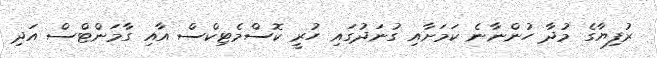
ރުފިޔާގެ މުދާ ހުންނާނެ ކަމަށާއި ގުނަދުގައި ހުރީ ކޮސްމެޓިކްސް އާއި ގާމަންޓްސް އަދި